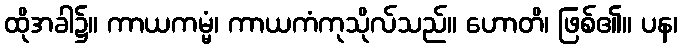
ထိုအခါ၌။ ကာယကမ္မံ၊ ကာယကံကုသိုလ်သည်။ ဟောတိ၊ ဖြစ်၏။ ပန၊